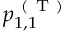
p _ { 1 , 1 } ^ { \mathrm { ~ ( ~ T ~ ) ~ } }